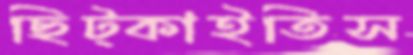
ছিট্‌কাইতিস